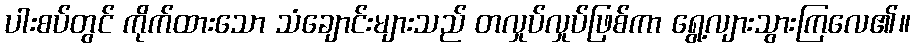
ပါးစပ်တွင် ကိုက်ထားသော သံချောင်းများသည် တလှုပ်လှုပ်ဖြစ်ကာ ရွေ့လျားသွားကြလေ၏။